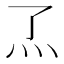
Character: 𬼹